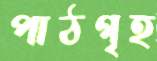
পাঠগৃহ